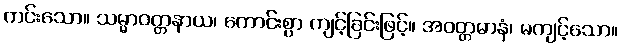
ကင်းသော။ သမ္မာဝတ္တနာယ၊ ကောင်းစွာ ကျင့်ခြင်းဖြင့်။ အဝတ္တမာနံ၊ မကျင့်သော။